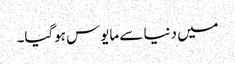
میں دنیا سے مایوس ہوگیا۔